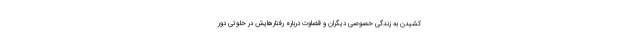
کشیدن به زندگی خصوصی دیگران و قضاوت درباره رفتارهایش در خلوتی دور